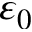
\varepsilon _ { 0 }